Vaccination in the Punjab 1897-1904 - 1897-1904
Year: 1897
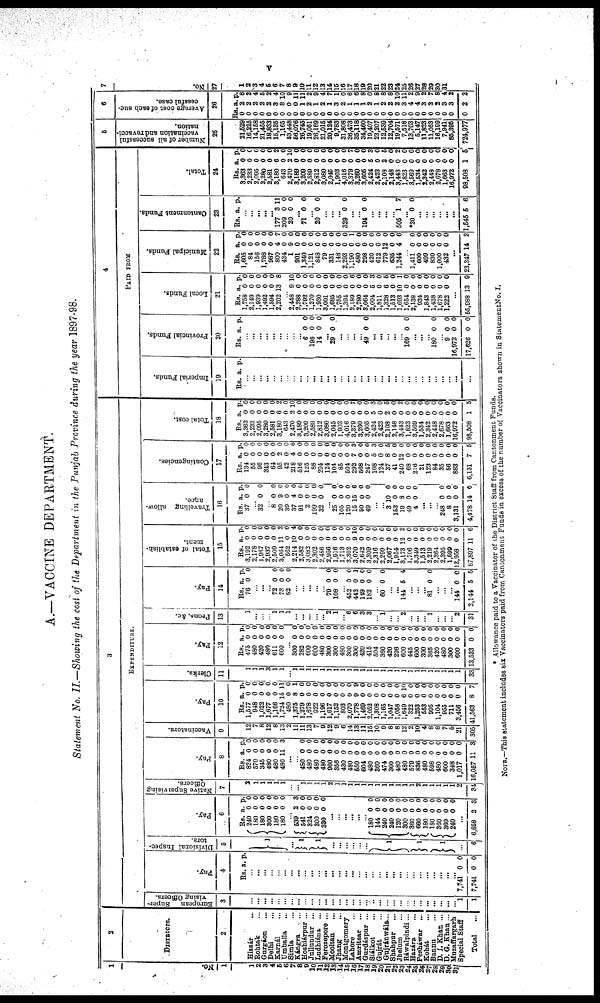
v
A.—VACCINE DEPARTMENT.
Statement No. II.—Showing the cost of the Department in the Punjab Province during the year 1897-98.
1
NO.
1
1
2
3
4
5
6
7
8
9 10
11
12
13
14
15 16
17
18
19
20
21
22
23
24
25
26
27
28
29
30
31
2
DISTRICTS.
2
Hissár ...
Rohtak ...
Gurgáon ...
Delhi ...
Karnál ...
Umballa ...
Simla
Kángra
Hoshiárpur ...
Jullundur ...
Ludhiána ...
Ferozepore ...
Mooltan...
Jhang ...
Montgomery Lahore ..
Amritsar ...
Gurdáspur ...
Siálkot ...
Gujrát
Gujránwála.
Shahpur ...
Jhelum ...
Ráwalpindi...
Hazára
Pesháwar ..
Kohát ...
Bannu ...
D. I. Khan ...
D. G. Khan ..
Muzaffargarh Special Staff
Total
..
3
EXPENDITURE
European
Super-
vising Officers.
3
...
...
...
...
...
...
...
...
...
...
...
...
...
...
...
...
...
...
...
...
...
...
...
...
...
...
...
...
...
...
...
1
1
Pay.
4
Rs. a. p.
...
...
...
...
...
..
...
...
...
...
...
...
...
...
...
...
...
...
...
...
...
...
...
...
...
...
...
...
...
...
...
7,741
7,741
0
0
0
0
Divisional Inspec-
tors.
5
1
...
1
1
...
...
...
...
...
...
1
1
l
...
6
Pay.
6
Rs.
240
180
180
300
180
180
a.
0
0
0
0
0 0
p.
0
0
0
0
0
0
539
561
324
300
330
2
0
0
0
0
3
0
0
0
0
...
...
...
...
...
...
180
144
240
240
120
300
360
660
180
180
360
360
240
0
0
0
0
0
0
0
0
0
0
0
0
0
0
0
0
0
0
0
0
0
0
0
0
0
0
...
6,858 2 3
Native
Supervising
officers.
7
2
1
1
1
1
1
...
1
1
1
1
1
1
1
1
1
1
1
1
1
1
1
1
1
2
1
1
1
1
1
2
34
Pay.
8
Rs.
824
570
345
480
480
486
a.
0
0
0
0
0
11
p.
0
0
0 0
0 3
...
...
480
480
480
480
960
356
430
480
550
604
480
360
474
300
480
480
579
836
480
598
480
600
348
1,017
16,057
0
0
0
0
0
0
0
0
0
0
0
0
0
0
0
0
0
0
0
0
0
0
0
0
11
0
0
0
0
0
0
0
0
0
0
0
0
0
0
0
0
0
0
0
0
0
0
0
0
3
Vaccinators.
9
12
7
8
12
8
13
2
11
11
13
7
9
12
9
6
14
13
11
15
10
9
8
8
12
2
10
4
8
8
7
5
21
305
Pay.
10
Rs.
1,577
948
1,022
1,677
1,166
1,724
480
1,375
1,279
1,678
922
1,196
1,617
1,152
803
2,070
1,778
1,469
2,052
1,308
1,165
1,047
1,058
1,649
322
1,263
553
995
1,104
955
711
3,456
41,563
a.
0
0
0
0
0
15
0
8
0
0
0
0
0
0
0 0
9
0
0
0
0
0
0
6
0
0
0
0
0
0
0
0
8
p.
0
0
0 0
0
11
0
1
0
0
0
0
0
0 0
0
9
0
0
0
0
0
0
10
0
0
0
0
0
0
0
0
7
Clerks.
11
1
1
1
3
0
1
... 1
1
1
1
1
1
1 1
1 1
1
1
1
1
1
1
1
1
1
1
1
1
1
1
1
33
Pay.
12
Rs.
475
480
420
480
611
600
a.
0
0
0
0
0
0
p.
0
0
0
0
0
0
300
282
600
600
480
300
300
480
300
300
420
415
504
360
420
296
600
445
600
300
365
420
480
300
600
13,533
0
0
0
0
0
0
0
0
0
0
0
0
0
0
0
0
0
0
0
0
0
0
0
0
0
0
0
0
0
0
0
0
0
0
0
0
0
0
0
0
0
0
0
0
0
0
0
0
0
0
0
0
Peons, &c.
13
1
...
...
...
1
1
1
...
...
...
...
...
2
1
... 6
6
3
3
... 1
...
...
2
...
...
... 1
...
...
...
2
31
Pay.
14
Rs.
76
a.
0
p.
0
...
...
...
72
73
62
0
0
0
0
0
0
...
...
...
...
...
79
108
0
0
0
0
...
452
442
119
182
0
0
0 0
0
1
0
0
...
60 0 0
...
...
144 5 4
...
...
...
81 0 0
...
...
...
144
2,144
0
5
0
5
Total of establish-
ment.
15
Rs.
3,192
2,178
1,967
2,937
2,509
3,064
562
2,214
2,582
3,082
2 302
2,486
2,956
1,916
1 713
3,302
3,070
2 642
3,309
2,316
2,299
2,067
1,954
3,173
1,706
3,349
1,513
2,219
2,364
2,395
1,599
2,958
87,897
a.
0
0
0
0
0
11 0
10
0
0
0
0
0
0
0
0
9
0 0
0
0
0
0
12
0
0
0
0
0
0
0
0
11
p.
0
0
0 0
0 2
0
4
0
0
0
0
0
0
0 0
10
0
0
0
0
0
0
2
0
0
0
0
0
0
0
0
6
Travelling allow-
ance.
16
Rs.
37
a.
0
P.
0
...
32 0 0
...
8
20
39
37
91
2
199
32
0
9
0
4
0
0
0
0
0
0
0
0
0
0
0
0
...
25
105
120
15
50
49
0
0 0
15
0 0
0 0
0
6
0
0
...
...
3
153
19
49
4
10
0
8
0
0
0
0
0
0
0
...
...
...
248
8
3,131
4,478
0
0
0
14
0
0
0
6
Contingencies.
17
Rs.
134
55
96
343
64
95
42
218
516
125
88
294
124
104
85
594
292
668
247
108
124
37
41
249
68
216
21
123
84
35
56
883
6,131
a.
0
0
0
0
0
2
0
4
0
0
0
0
0
0
0
0
7
0
0
5
0
8
0
2
0
0
0
0
0
0
0
0
7
P.
0
0
0
0
0
0
0
6
0
0
0
0
0
0
0
0
3
0 0
3
0
5
0
0
0
0
0
0
0
0
0
0
5
Total cost.
18
Rs.
3,363
2,233
2,095
3,280
2,581
3,180
643
2,470
3,189
3,209
2,589
2,812
3,080
2,045
1,903
4,016
3,379
3,260
3,605
2,424
2,423
2,108
2,148
3,443
1,823
3,569
1,534
2,342
2,418
2,678
1,663
16,972
98,508
a.
1
0
0
0
0
6
0
2
0
0
0
0
0
0
0
0
0
0
0
5
0
2
0
0
0
0
0
0
0
0
0
0
1
p.
0
0
0
0
0
2
0
10
0
0
0
0
0
0
0
0
7
0
0
3
0
5
0
2
0
0
0
0
0
0
0
0
5
4
PAID FROM
Imperial Funds.
19
Rs. a. p.
... ...
...
...
...
...
...
...
...
...
...
...
...
...
...
...
...
...
...
...
...
...
...
...
...
...
...
...
...
...
...
Provincial Funds.
20
Rs. a. p.
... ...
...
...
...
...
...
...
...
6
198
14
0
0
0
0
0
0
...
29 0 0
...
...
...
...
49 0 0
...
...
...
...
...
169 0 0
...
...
..
180 0 0
...
9
16,972
17,626
0
0
0
0
0
0
Local Funds.
21
Rs.
l,758
2,149
1,939
1,492
1,594
2,202
2,448
2,288
1,792
1,270
1,930
3,001
1,685
1,755
1,394
2,189
2,780
3,064
2,004
1,811
1,328
1,513
1,693
1,654
2,138
934
1,843
1,438
1,678
1,222
a.
0
0
0 0
0
13
9
0
0
0
0
0
0
0 0
0
0 0
5
0
6
0
10
0
0
0
0
0
0
0
P.
0
0
0
0
0
8
10
0
0
0
0
0
0
0 0
6
0 0
3
0
5
0
1
0
0
0
0
0
0
0
...
65,988 13 9
Municipal Funds.
22
Rs.
1,605
84
156
1,788
987
800
434
1
901
1,340
1,121
848
79
331
148
2,293
1,190
480
298
420
612
779
635
1,244
a.
0
0
0
0
0
4
0
9
0
0
0
0
0
0
0
0
0
0
0
0
0
12
0
4
P.
0
0
0
0
0
7
0
0
0
0
0
0
0
0
0
0
1
0 0
0
0
0
0
6
...
1,411
600
499
830
1,000
432
0
0
0
0
0
0
0
0
0
0
0
0
...
23,347 14 2
Cantonment Funds.
23
Rs. a. P.
... ...
...
...
...
177
209
20
3
0
0
11
0
0
...
71
...
20
0
0
0
0
...
...
...
329 0 0
...
...
194 0 0
...
...
...
505 1 7
...
*20 0 0
...
...
...
...
...
...
1,545 5 6
Total.
24
Rs.
3,363
2,233
2,095
3,280
2,581
3,180
643
2,470
3,189
3,209
2,589
2,812
3,080
2,045
1,903
4,016
3,379
3,260
3,605
2,424
2,423
2,108
2,148
3,443
1,823
3,569
1,534
2,342
2,448
2,678
1,663
16,972
98,508
a.
0
0
0
0
0
6
0
2
0
0
0
0
0
0
0
0
0
0 0
5
0
2
0
0
0
0
0
0
0
0
0
0
1
p.
0
0 0
0
0
2
0
10
0
0
0
0
0
0
0
0
7
0
0
3
0
5
0
2
0
0
0
0
0
0
0
0
5
5
Number of all successful
vaccination and revacci¬
nation.
26
21,529
16,225
14,158
21,456
18,833
15,135
1,165
53,448
66,076
26,745
19,051
26,169
21,015
20,124
9,783
31,808
36,473
35,118
34,460
19,407
23,207
12,639
12,704
19,571
7,518
13,703
5,147
11,823
11,053
16,199
7,941
85,395
724,977
6
Average cost of each suc-
cessful case.
26
Rs.
0
0
0
0
0
0
0
0
0
0
0
0
0
0
0
0
0
0
0
0
0
0
0
0
0
0
0
0
0
0
0
0
0
a.
2
2
2
2
2
3
8
0
0
1
2
1
2
1
3
2
1
1
1
2
1
2
2
2
3
4
4
3
3
2
3
3
2
P.
6
2
4
5
2
4
10
9
11
11
2
9
4
7
1
0
6
6
8
0
8
8
8
10
11
2
9
2
7
8
4
2
2
7
No.
27
1
2
3
4
5
6
7
8
9
10
11
12
13
14
15
16
17
18
19
20
21
22
23
24
25
26
27
28
29
30
31
*Allowance paid to a Vaccinator of the District Staff from Cantonment Funds.
NOTE.—This statement includes six Vaccinators paid from Cantonment Funds in excess of the number of Vaccinators shown in Statement No. I.